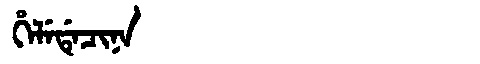
Manchu: ᡥᡝᠯᡝᡩᡝᠴᡳᠨᠠ
Romanization: HELEDECINA